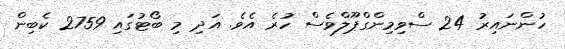
ހުންނައިރު 24 ސްވިމިންގްޕޫލްވެސް ހުރެ އެވެ. އަދި މި ބޯޓުގައި 2759 ކެބިން